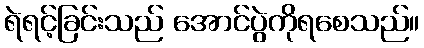
ရဲရင့်ခြင်းသည် အောင်ပွဲကိုရစေသည်။